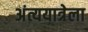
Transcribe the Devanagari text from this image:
अंत्ययात्रेला